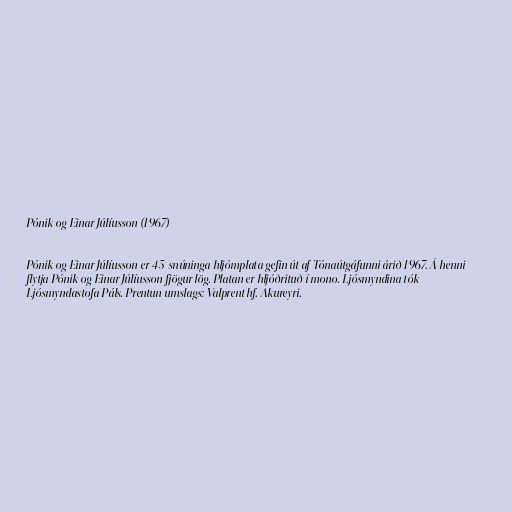
Pónik og Einar Júlíusson (1967)

Pónik og Einar Júlíusson er 45-snúninga hljómplata gefin út af Tónaútgáfunni árið 1967. Á henni
flytja Pónik og Einar Júlíusson fjögur lög. Platan er hljóðrituð í mono. Ljósmyndina tók
Ljósmyndastofa Páls. Prentun umslags: Valprent hf. Akureyri.